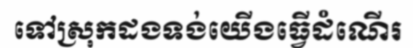
ទៅស្រុកដងទង់យើងធ្វើដំណើរ